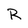
Character: R